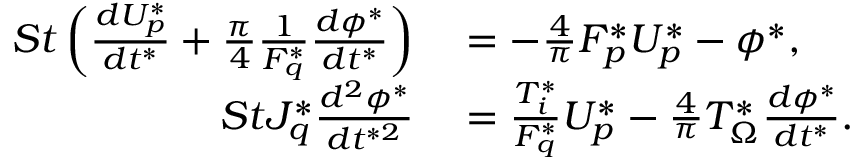
\begin{array} { r l } { S t \left( \frac { d U _ { p } ^ { * } } { d t ^ { * } } + \frac { \pi } { 4 } \frac { 1 } { F _ { q } ^ { * } } \frac { d \phi ^ { * } } { d t ^ { * } } \right) } & { { } = - \frac { 4 } { \pi } F _ { p } ^ { * } U _ { p } ^ { * } - \phi ^ { * } , } \\ { S t J _ { q } ^ { * } \frac { d ^ { 2 } \phi ^ { * } } { d t ^ { * 2 } } } & { { } = \frac { T _ { i } ^ { * } } { F _ { q } ^ { * } } U _ { p } ^ { * } - \frac { 4 } { \pi } T _ { \Omega } ^ { * } \frac { d \phi ^ { * } } { d t ^ { * } } . } \end{array}